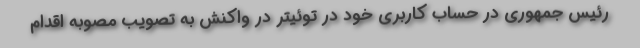
رئیس جمهوری در حساب کاربری خود در توئیتر در واکنش به تصویب مصوبه اقدام